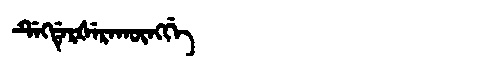
Manchu: ᡩᡝᡴᡩᡝᡵᡧᡝᡵᠠᡴᡡᠩᡤᡝ
Romanization: DEKDERŠERAKŪNGGE